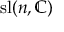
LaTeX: \mathrm { s l } ( n , \mathbb { C } )